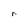
Character: r